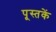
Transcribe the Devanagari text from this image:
पूस्‍तकें